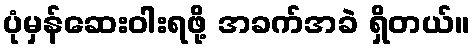
ပုံမှန်ဆေးဝါးရဖို့ အခက်အခဲ ရှိတယ်။